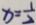
x = \frac { 1 } { 2 }